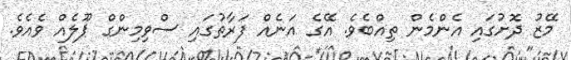
މޭޒު ދޮށުގައި އެންމެން ތިއްބެވެ. އޭގެ އަނެއް ފަރާތުގައި ސްވިމިންގް ޕޫލެއް ވެއެވެ.